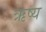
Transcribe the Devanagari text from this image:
ऋष्य